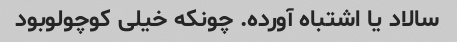
سالاد یا اشتباه آورده. چونکه خیلی کوچولوبود